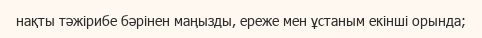
нақты тәжірибе бәрінен маңызды, ереже мен ұстаным екінші орында;